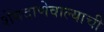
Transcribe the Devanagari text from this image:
शेंगदाणेवाल्याची